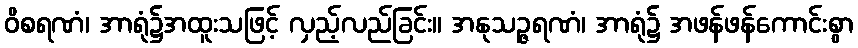
ဝိစရဏံ၊ အာရုံ၌အထူးသဖြင့် လှည့်လည်ခြင်း။ အနုသဉ္ဇရဏံ၊ အာရုံ၌ အဖန်ဖန်ကောင်းစွာ